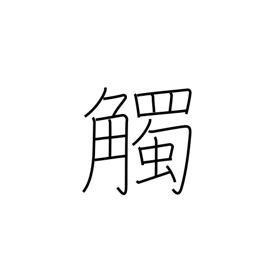
Meaning: conflict